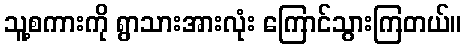
သူ့စကားကို ရွာသားအားလုံး ကြောင်သွားကြတယ်။